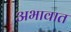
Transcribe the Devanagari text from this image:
अभावात